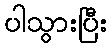
ပါသွားပြီး